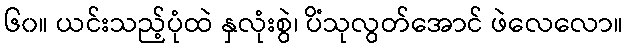
၆၀။ ယင်းသည့်ပုံထဲ နှလုံးစွဲ၊ ပိံသုလွတ်အောင် ဖဲလေလော။